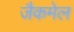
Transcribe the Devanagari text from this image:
जैकमेल